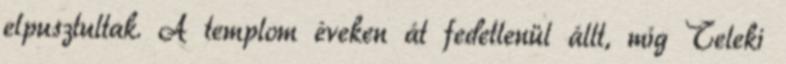
elpusztultak. A templom éveken át fedetlenül állt, míg Teleki